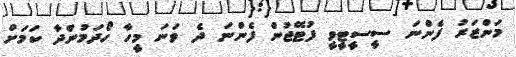
މަންޒަރު ފެންނަ ސީސީޓީވީ ފުޓޭޖުން ފެންނަ ދެ ވަނަ މީހާ ހޯދަމުންދާ ކަމަށް